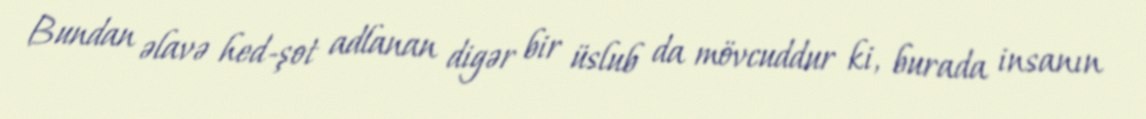
Bundan əlavə hed-şot adlanan digər bir üslub da mövcuddur ki, burada insanın